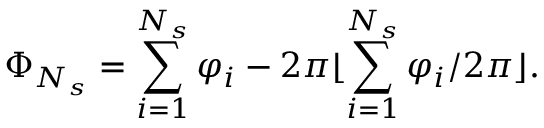
\Phi _ { N _ { s } } = \sum _ { i = 1 } ^ { N _ { s } } { \varphi _ { i } } - 2 \pi \lfloor \sum _ { i = 1 } ^ { N _ { s } } { \varphi _ { i } } / 2 \pi \rfloor .